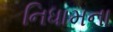
નિધામના